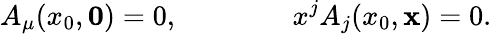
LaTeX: A_{\mu}(x_{0},{\mathbf 0})=0,\qquad\qquad x^{j}A_{j}(x_{0},{\mathbf x})=0.